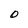
Character: O